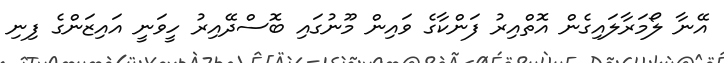
އޭނާ ލޯމަރާލައިގެން އޮތްއިރު ފަންކާގެ ވައިން މޫނުގައި ބޮސްދޭއިރު ހީވަނީ އައިޒަންގެ ފިނި